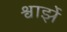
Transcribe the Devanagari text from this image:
श्वार्झे